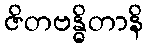
ဇိတဗန္ဓိတာနိ